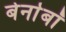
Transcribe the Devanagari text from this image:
बेर्नाबॉ